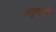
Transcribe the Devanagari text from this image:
रखुमाइचे